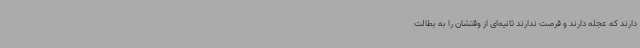
دارند که عجله دارند و فرصت ندارند ثانیه‌ای از وقتشان را به بطالت